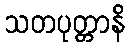
သတပုတ္တာနိ